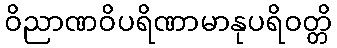
ဝိညာဏဝိပရိဏာမာနုပရိဝတ္တိ